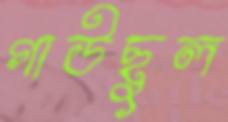
গাউছুল